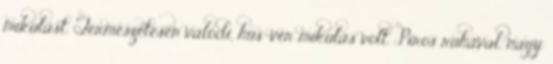
mikulást. Természetesen valódi, hús-vér mikulás volt. Piros ruhával, nagy